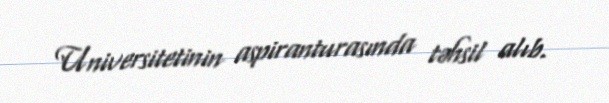
Universitetinin aspiranturasında təhsil alıb.